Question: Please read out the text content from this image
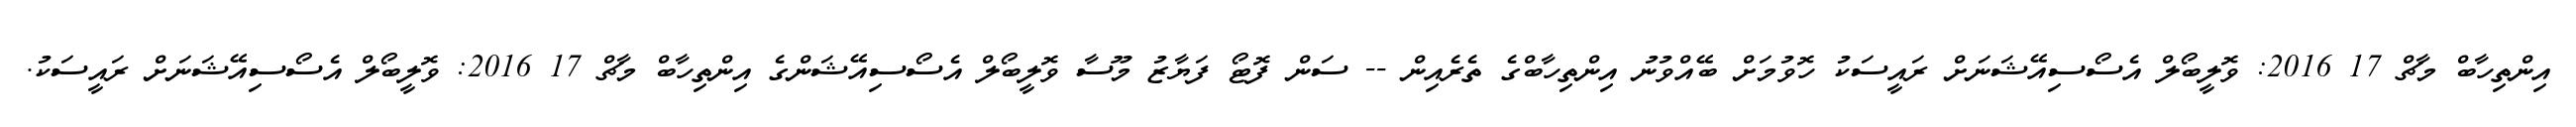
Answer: އިންތިހާބް މާޗް 17 2016: ވޮލީބޯލް އެސޯސިއޭޝަނަށް ރައީސަކު ހޮވުމަށް ބޭއްވުނު އިންތިހާބްގެ ތެރެއިން -- ސަން ފޮޓޯ ފަޔާޒު މޫސާ ވޮލީބޯލް އެސޯސިއޭޝަންގެ އިންތިހާބް މާޗް 17 2016: ވޮލީބޯލް އެސޯސިއޭޝަނަށް ރައީސަކު.